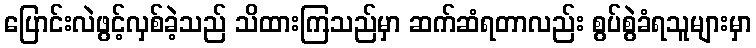
ပြောင်းလဲဖွင့်လှစ်ခဲ့သည် သိထားကြသည်မှာ ဆက်ဆံရတာလည်း စွပ်စွဲခံရသူများမှာ